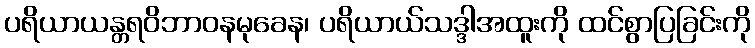
ပရိယာယန္တရဝိဘာဝနမုခေန၊ ပရိယာယ်သဒ္ဒါအထူးကို ထင်စွာပြခြင်းကို